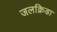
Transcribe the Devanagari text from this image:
जलक्रिडा